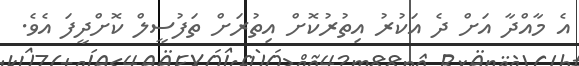
އެ މާއްދާ އަށް ދެ އަކުރު އިތުރުކޮށް އިތުރަށް ތަފުސީލް ކޮށްދީފަ އެވެ.